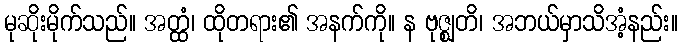
မုဆိုးမိုက်သည်။ အတ္ထံ၊ ထိုတရား၏ အနက်ကို။ န ဗုဇ္ဈတိ၊ အဘယ်မှာသိအံ့နည်း။